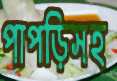
পাপড়িসহ